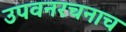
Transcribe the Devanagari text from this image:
उपवनरचनाच